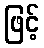
ဖြင့်